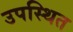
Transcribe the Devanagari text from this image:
उपस्थित